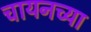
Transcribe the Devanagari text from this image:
चायनच्या